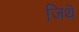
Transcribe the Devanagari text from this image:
जिथॆ